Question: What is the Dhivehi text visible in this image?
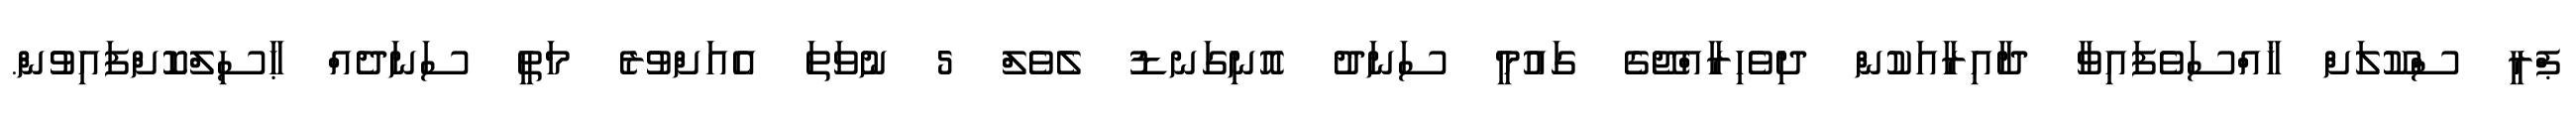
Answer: ޕްރީ ސްކޫލަށް ޚާއްސަވެފައިވާ ދާއިރާއަކުން ދިވެހިރާއްޖޭގެ ގައުމީ ސަނަދު އޮނިގަނޑު ލެވެލް 5 ނުވަތަ އެއަށްވުރެ މަތީ ސަނަދެއް ޙާސިލްކޮށްފައިވުން.